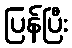
ပြန်ပြီး